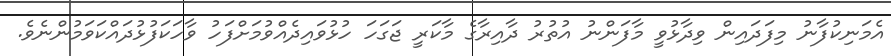
އެމަނިކުފާނު މިފަދައިން ވިދާޅުވީ މާފަންނު އުތުރު ދާއިރާގެ މާކަރީ ޖަގަހަ ހުޅުވައިދެއްވުމަށްފަހު ވާހަކަފުޅުދައްކަވަމުންނެވެ.